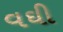
વઘી